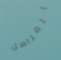
المراسل